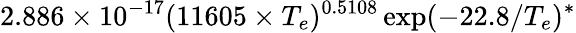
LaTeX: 2.886\times 10^{-17}(11605\times T_{e})^{0.5108}\exp({-22.8/T_{e}})^{*}